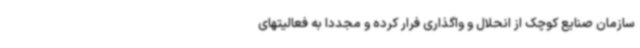
سازمان صنایع کوچک از انحلال و واگذاری فرار کرده و مجدداً به فعالیتهای